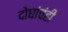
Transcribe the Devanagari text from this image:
दोघांचंही